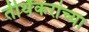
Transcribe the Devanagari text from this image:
तीर्थंकरांच्या